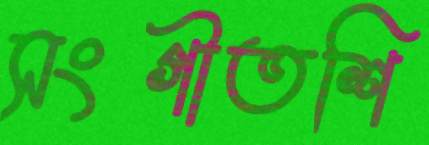
সংগীতশি